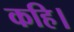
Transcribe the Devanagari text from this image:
कहि।